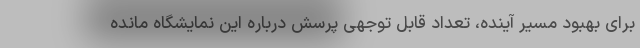
برای بهبود مسیر آینده، تعداد قابل توجهی پرسش درباره این نمایشگاه مانده